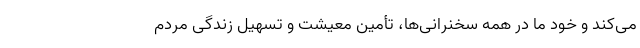
می‌کند و خود ما در همه سخنرانی‌ها، تأمین معیشت و تسهیل زندگی مردم